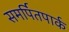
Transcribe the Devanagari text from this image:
समर्पितपार्क